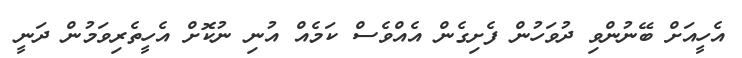
އެހީއަށް ބޭނުންވި ދުވަހުން ފެށިގެން އެއްވެސް ކަމެއް އުނި ނުކޮށް އެހީތެރިވަމުން ދަނީ